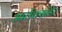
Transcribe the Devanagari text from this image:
आलेक्सांडेर